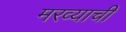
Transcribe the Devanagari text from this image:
मरव्याची